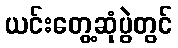
ယင်းတွေ့ဆုံပွဲတွင်